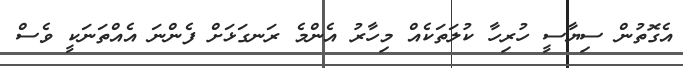
އެގޮތުން ސިޔާސީ ހުރިހާ ކުލަތަކެއް މިހާރު އެންމެ ރަނގަޅަށް ފެންނަ އެއްތަނަކީ ވެސް